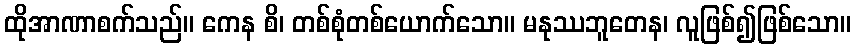
ထိုအာဏာစက်သည်။ ကေန စိ၊ တစ်စုံတစ်ယောက်သော။ မနုဿဘူတေန၊ လူဖြစ်၍ဖြစ်သော။